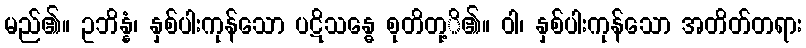
မည်၏။ ဥဘိန္နံ၊ နှစ်ပါးကုန်သော ပဋိသန္ဓေ စုတိတု့ိ၏။ ဝါ၊ နှစ်ပါးကုန်သော အတိတ်တရား